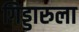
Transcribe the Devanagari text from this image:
गिड्डारुला